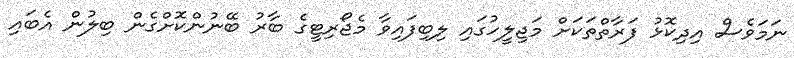
ނަމަވެސް އިދިކޮޅު ފަރާތްތަކަށް މަޖިލީހުގައި ލިބިފައިވާ މެޖޯރިޓީގެ ބާރު ބޭނުންކޮށްގެން ބިލުން އެބައި